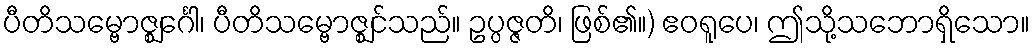
ပီတိသမ္ဗောဇ္ဈင်္ဂေါ၊ ပီတိသမ္ဗောဇ္ဈင်သည်။ ဥပ္ပဇ္ဇတိ၊ ဖြစ်၏။) ဧဝရူပေ၊ ဤသို့သဘောရှိသော။